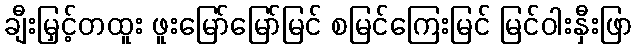
ချီးမြှင့်တထူး ဖူးမြော်မြော်မြင် စမြင်ကြေးမြင် မြင်ဝါးနှီးဖြာ